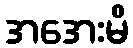
အအေးမိ